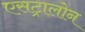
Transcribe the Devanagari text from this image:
एसट्रालोन